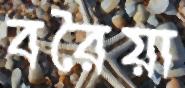
বরৈয়া